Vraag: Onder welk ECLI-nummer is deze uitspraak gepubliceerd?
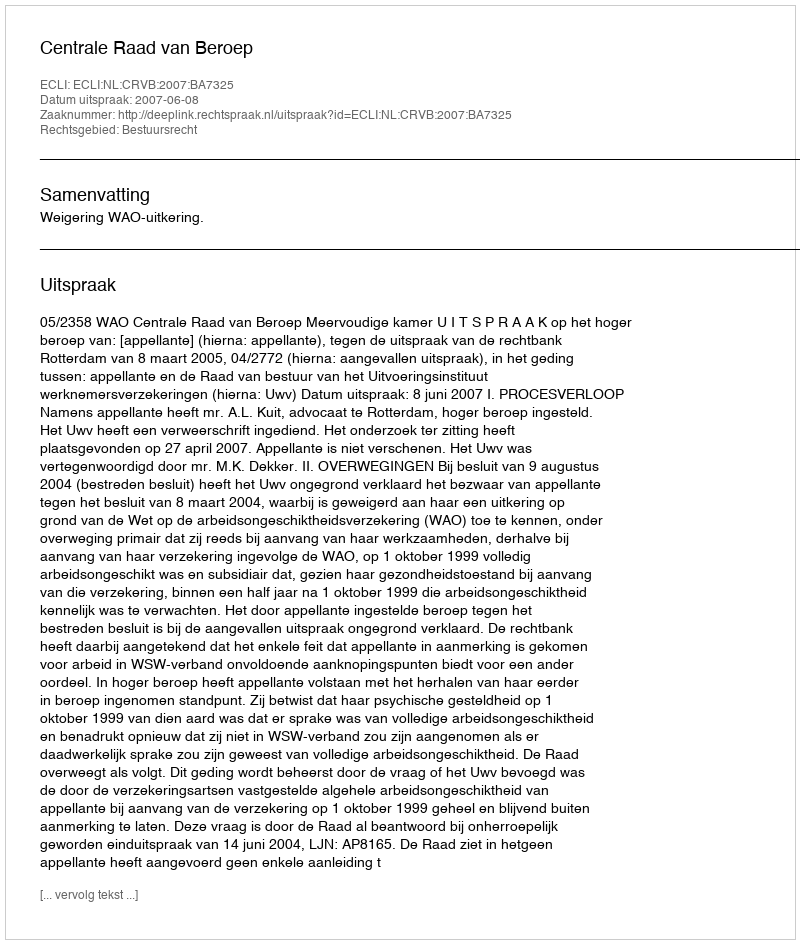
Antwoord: ECLI:NL:CRVB:2007:BA7325